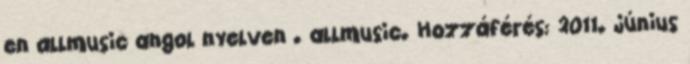
en allmusic angol nyelven . allmusic. Hozzáférés: 2011. június